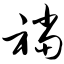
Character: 裆